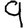
Digit: 9